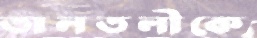
তালতলীকে